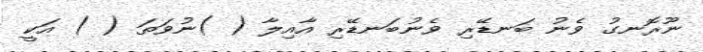
ނޫރޮނގު ވެނު ބަނޑޭރި ވެނުބަނޑޭރި އާއިލާ ( )ނުވަތަ ( ) އަކީ